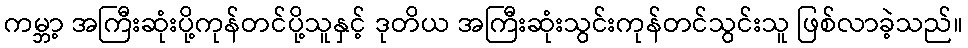
ကမ္ဘာ့ အကြီးဆုံးပို့ကုန်တင်ပို့သူနှင့် ဒုတိယ အကြီးဆုံးသွင်းကုန်တင်သွင်းသူ ဖြစ်လာခဲ့သည်။